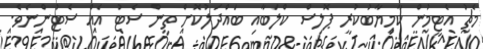
މެޗު އެޓީމުން ކާމިޔާބުކުރީ ޕޮލިސް ކްލަބާއި ބައްދަލުކޮށް ތިން ސެޓު އެއް ސެޓުންނެވެ.